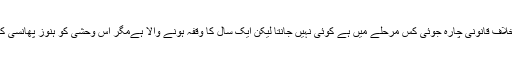
شمبھو ناتھ کے خلاف قانونی چارہ جوئی کس مرحلے میں ہے کوئی نہیں جانتا لیکن ایک سال کا وقفہ ہونے والا ہےمگر اس وحشی کو ہنوز پھانسی کی سزا نہیں ہوئی۔